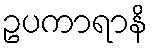
ဥပကာရာနိ